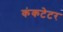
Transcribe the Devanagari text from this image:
कंकटेटर